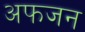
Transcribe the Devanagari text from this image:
अफजन